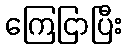
ကြေငြာပြီး